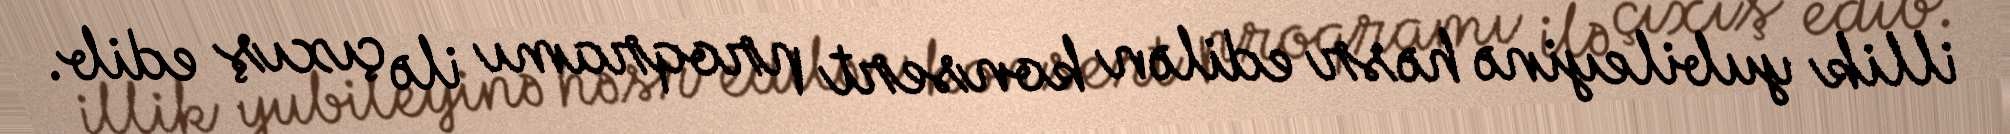
illik yubileyinə həsr edilən konsert proqramı ilə çıxış edib.